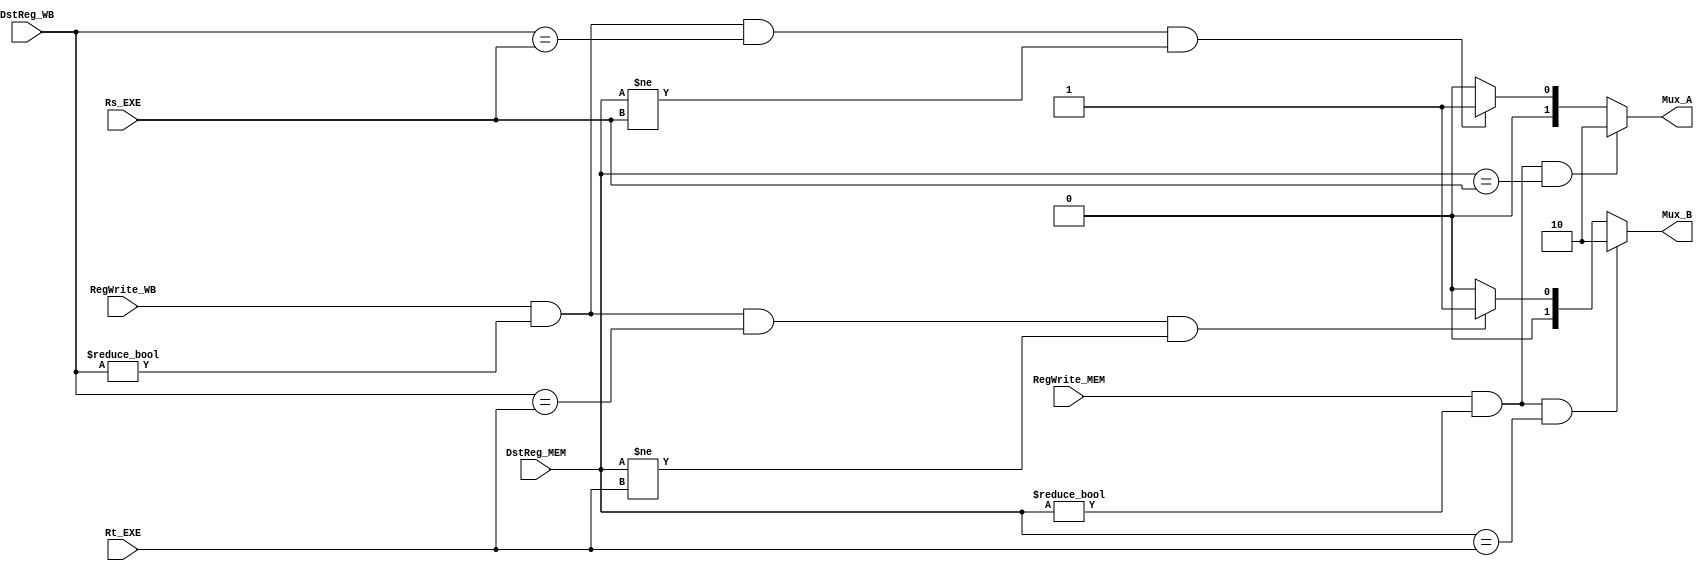
module FWUnit (
	input  RegWrite_MEM,
	input  RegWrite_WB,
	input  [4:0] DstReg_MEM,
	input  [4:0] DstReg_WB,
	input  [4:0] Rt_EXE,
	input  [4:0] Rs_EXE,
	
	output [1:0] Mux_A,
	output [1:0] Mux_B
	);
	
	reg [1:0] rMux_A;
	reg [1:0] rMux_B;
	
	always @(*) begin
		if (RegWrite_MEM && (DstReg_MEM != 0) && (DstReg_MEM == Rs_EXE)) begin
			rMux_A = 2'b10;
		end else if(RegWrite_WB && (DstReg_WB != 0) && (DstReg_WB == Rs_EXE) && (DstReg_MEM != Rs_EXE)) begin 
			rMux_A = 2'b01;
		end else begin
			rMux_A = 2'b0;
		end
		if(RegWrite_MEM && (DstReg_MEM != 0) && (DstReg_MEM == Rt_EXE)) begin 
			rMux_B = 2'b10;
		end else if(RegWrite_WB && (DstReg_WB != 0) && (DstReg_WB == Rt_EXE) && (DstReg_MEM != Rt_EXE)) begin 
			rMux_B = 2'b01;
		end else begin
			rMux_B = 2'b0;
		end
	end
	
	assign Mux_A = rMux_A;
	assign Mux_B = rMux_B;
endmodule